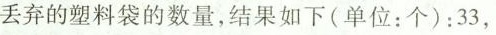
丢弃的塑料袋的数量，结果如下(单位：个)：33，